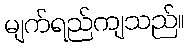
မျက်ရည်ကျသည်။